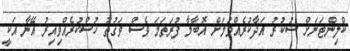
ކްލިންޓަނަށް ޝުކުރު އަދާކުރެއްވުމަށް އޮބާމާ ފުރަތަމަ ވެސް ވަގުތު ހުސްކުރެއްވިއިރު އޭނާ އަކީ